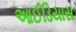
આઈડિયાસ